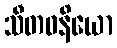
သီတဝနိယော